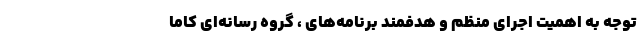
توجه به اهمیت اجرای منظم و هدفمند برنامه‌های ، گروه رسانه‌ای کاما